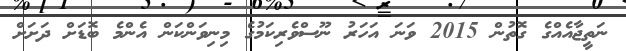
ނަތީޖާއެއްގެ ގޮތުން 2015 ވަނަ އަހަރު ނޫސްވެރިކަމުގެ މިނިވަންކަން އެންމެ ބޮޑަށް ދަށަށް